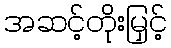
အဆင့်တိုးမြှင့်